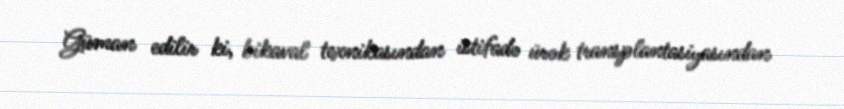
Güman edilir ki, bikaval texnikasından istifadə ürək transplantasiyasından